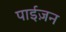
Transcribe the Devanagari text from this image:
पाईज़न